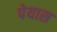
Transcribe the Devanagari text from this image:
पेयास